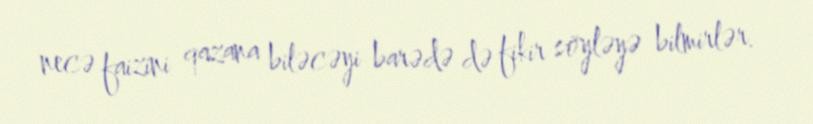
necə faizini qazana biləcəyi barədə də fikir söyləyə bilmirlər.